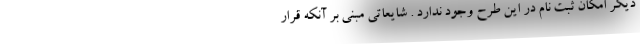
دیگر امکان ثبت نام در این طرح وجود ندارد . شایعاتی مبنی بر آنکه قرار